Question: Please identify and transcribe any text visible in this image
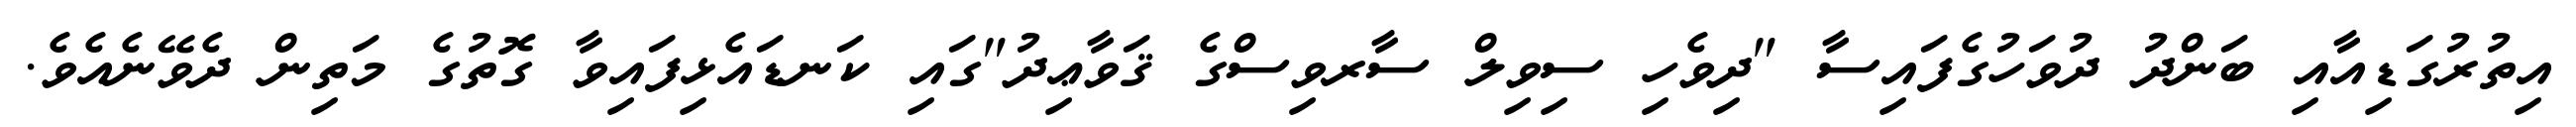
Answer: އިތުރުގަޑިއާއި ބަންދު ދުވަހުގެފައިސާ "ދިވެހި ސިވިލް ސާރވިސްގެ ޤަވާޢިދު"ގައި ކަނޑައެޅިފައިވާ ގޮތުގެ މަތިން ދެވޭނެއެވެ.